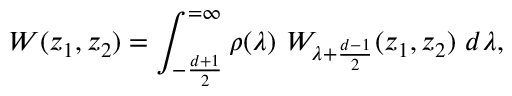
W ( z _ { 1 } , z _ { 2 } ) = \int _ { - { \frac { d + 1 } { 2 } } } ^ { = \infty } \rho ( \lambda ) \ W _ { \lambda + \frac { d - 1 } { 2 } } ( z _ { 1 } , z _ { 2 } ) \ d \lambda ,